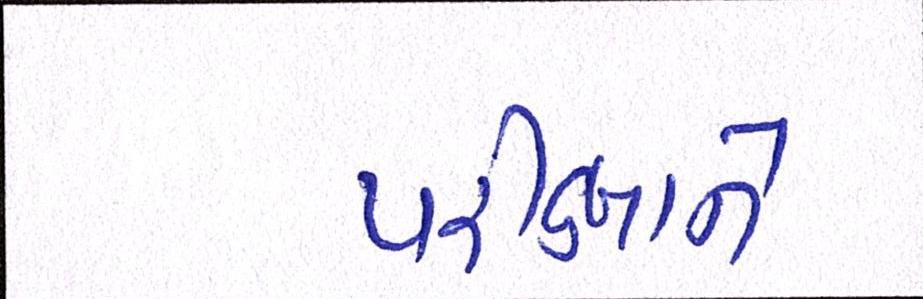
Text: પરીક્ષાને